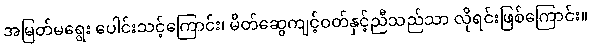
အမြတ်မရွေး ပေါင်းသင့်ကြောင်း၊ မိတ်ဆွေကျင့်ဝတ်နှင့်ညီသည်သာ လိုရင်းဖြစ်ကြောင်း။